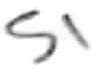
Text: S1